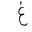
Letter: _gayn